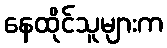
နေထိုင်သူများက